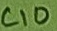
Text: C10